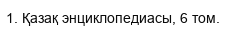
1. Қазақ энциклопедиасы, 6 том.